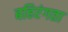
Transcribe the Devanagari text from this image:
बहिरंगता